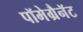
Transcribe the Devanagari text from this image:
पॉमेग्रैनॅट